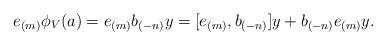
LaTeX: \begin{align*} e_{(m)}\phi_V(a)=e_{(m)}b_{(-n)}y=[e_{(m)},b_{(-n)}]y+b_{(-n)}e_{(m)}y.\end{align*}